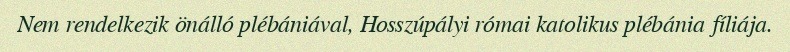
Nem rendelkezik önálló plébániával, Hosszúpályi római katolikus plébánia fíliája.